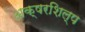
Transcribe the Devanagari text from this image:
अक्षरशिल्प